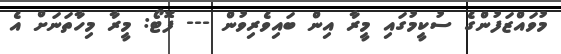
މުވައްޒަފުންގެ ސުކީމުގައި މީރާ އިން ބައިވެރިވުން --- ފޮޓޯ: މީރާ މިހާތަނަށް އެ